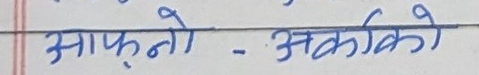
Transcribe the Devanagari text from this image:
आफ्नो - अर्काको